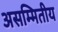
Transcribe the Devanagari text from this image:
असम्मितीय